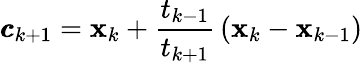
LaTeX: {\pmb{c}}_{k+1}=\mathbf{x}_{k}+\frac{{t_{k-1}}}{{t_{k+1}}}\, (\mathbf{x}_{k}-\mathbf{x}_{k-1})